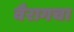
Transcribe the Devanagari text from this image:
वैरागचा